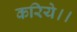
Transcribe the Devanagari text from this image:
करिये।।